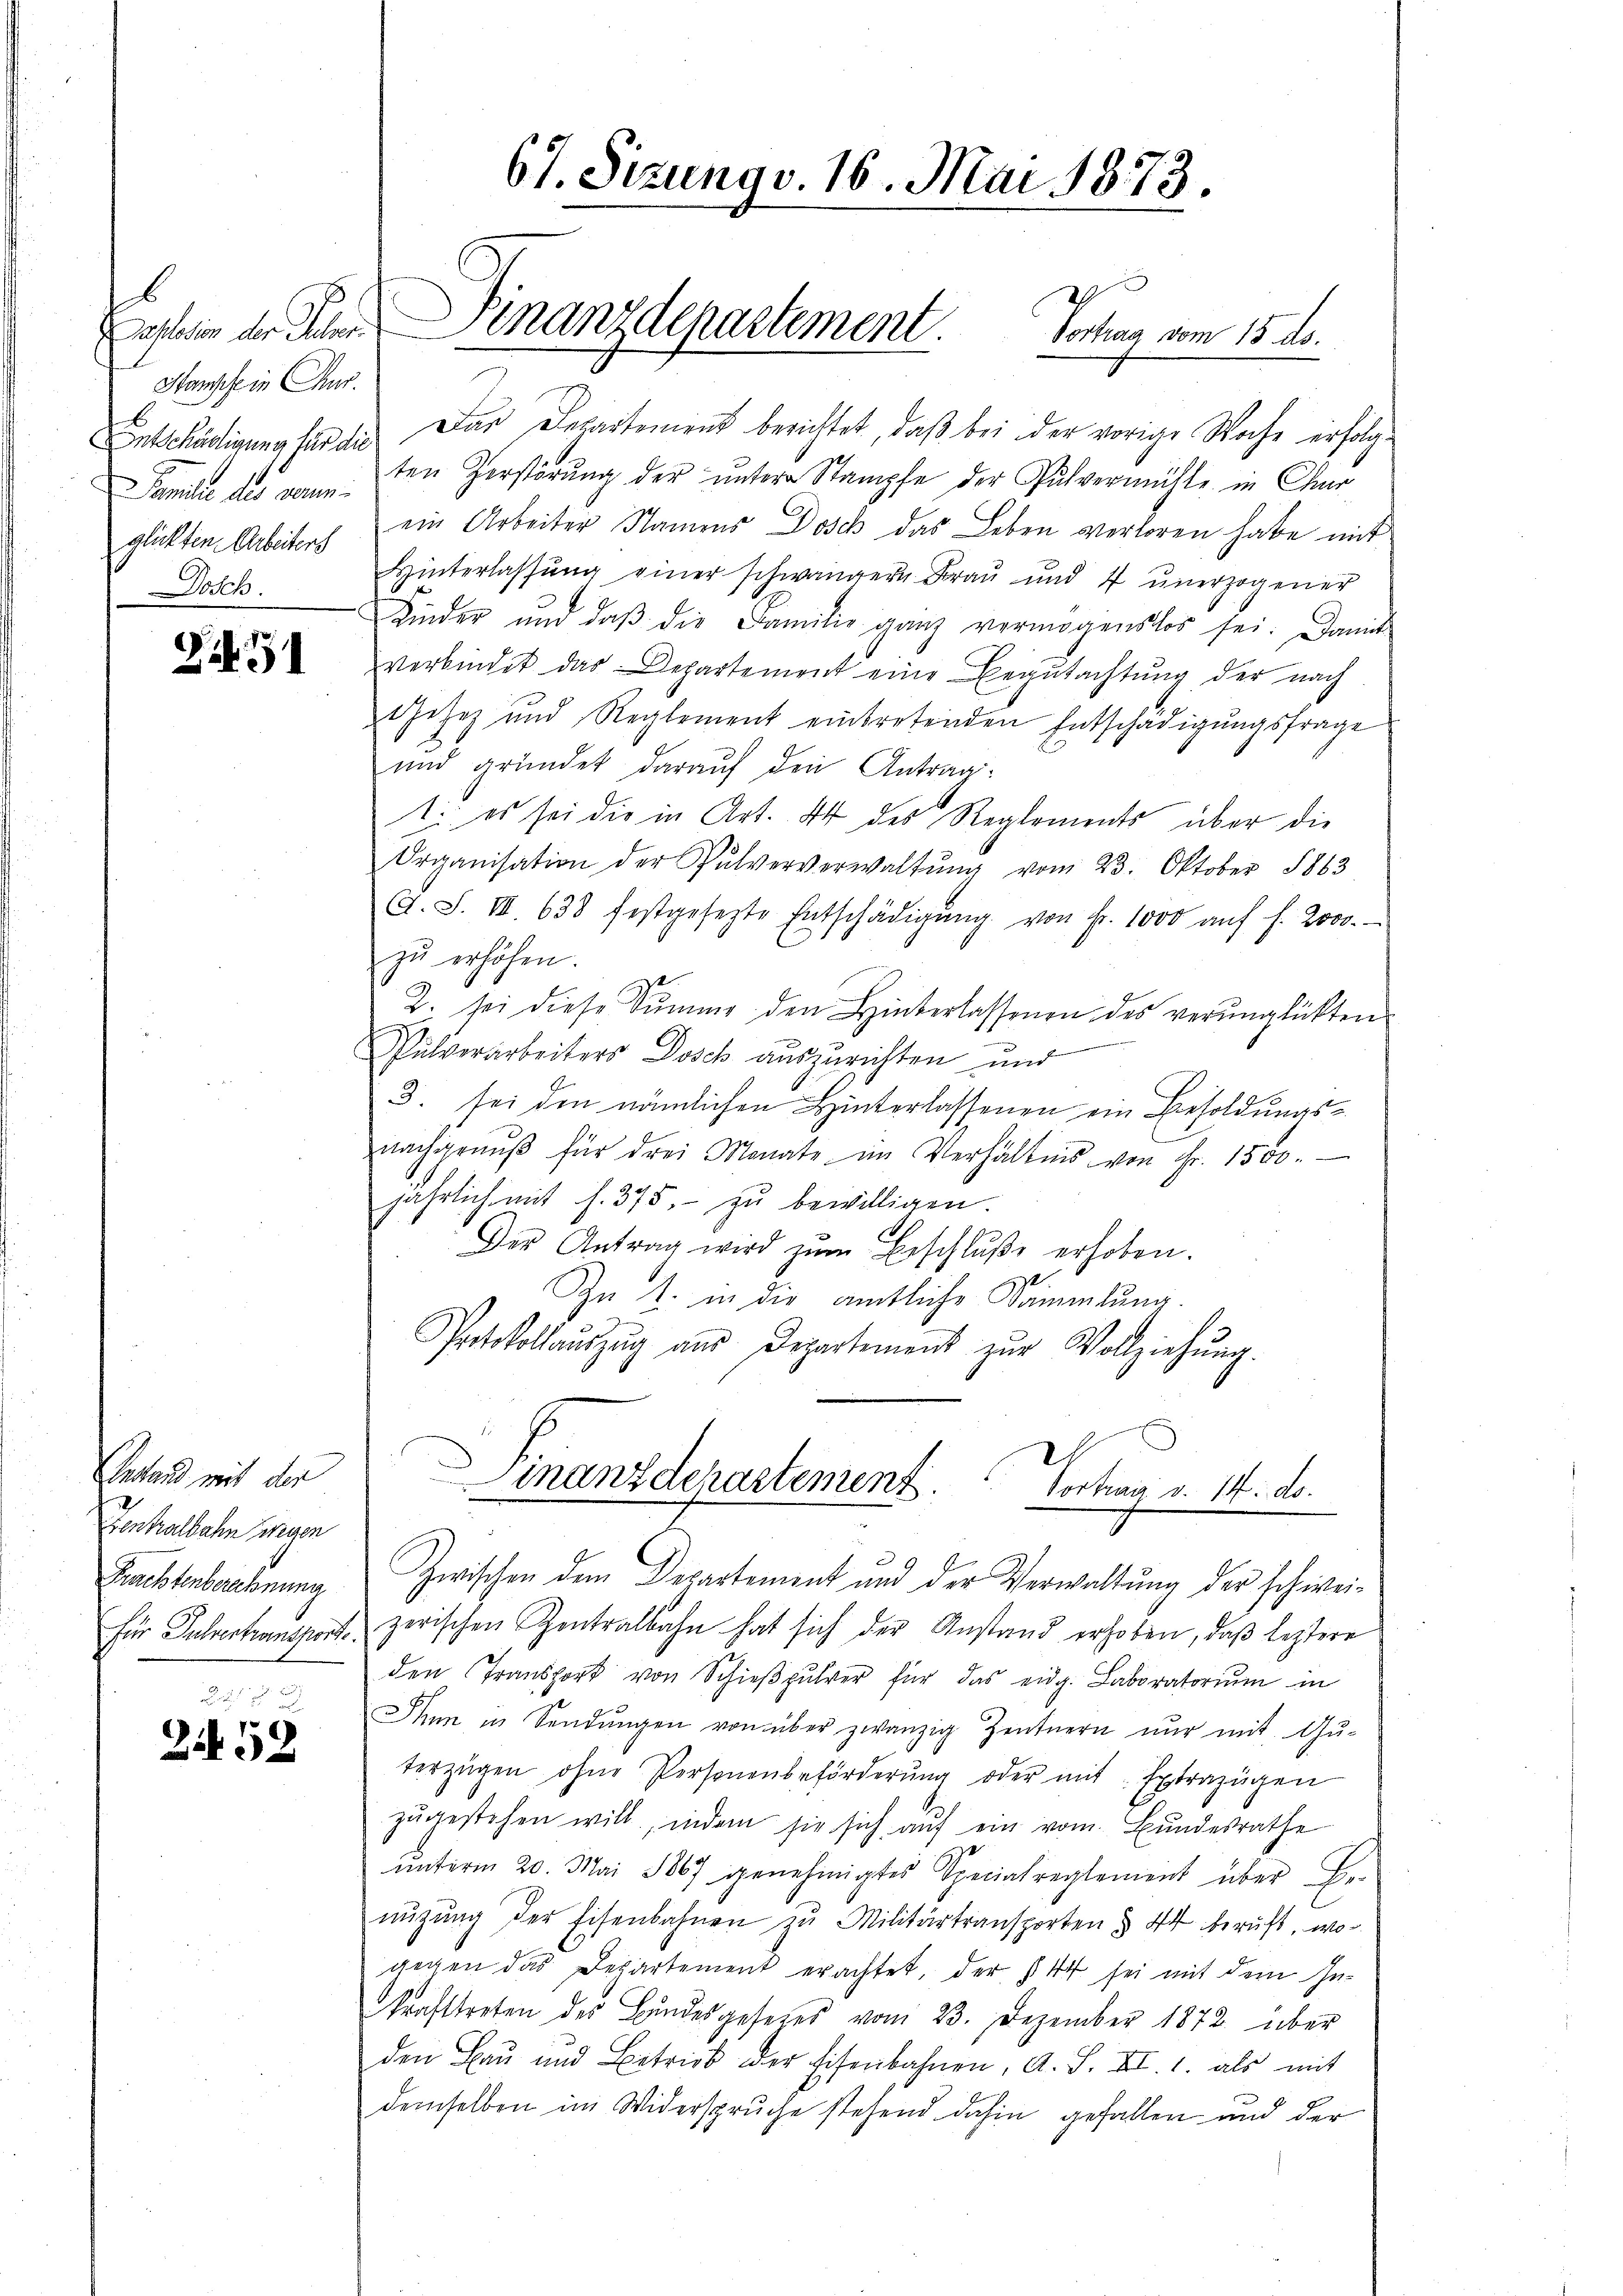
b
Hampfe in Chur.
Entschädigung für die
Familie des neuen.
glickten Arbeiters
Math.

Zif. 31

Unstand mit der
Gontralbahn wegen
Frachterberechnung
für Pulvertransporte

2458

Das Departement berichtet, daß bei der vorige Woche erfolge
ten Zerstörŭng der untere Stampfe der Pulvermühle in Chur
ein Arbeiter Namens Dosch das Leben verloren habe mit
Hinterlassŭng einer schwängern Frau und 7 ŭnerzogener
Kinder und daβ die Familie ganz vermögenslos sei. Damit
verbindet das Departement eine Begutachtung der nach
Gesez und Reglement eintretenden Entschädigungsfrage
und gründet darauf den Antrag:
t: es sei die in Art. 44 des Reglements über die
Organisation der Pulververwaltŭng vom 23. Oktober 1863
G. S. III. 638 festgesezte Entschädigŭng von fr. 1000 aŭf f. 2000.
zŭ erhöhen.
t
2. sei diese Summe den Hinterlassenen des verunglückten
Pulverarbeiters Dosch auszurichten und
3. sei den nämlichen Hinterlassenen ein Besoldungsnachgenŭβ für drei Monate im Verhältnis von Fr. 1500.
jährlich mit s. 375.- zŭ bewilligen.
Der Antrag wird zŭm Erschluße erhoben.
st
In 2. in die amtliche Sammlung.
Protokollaŭszŭg aŭs Departement zŭr Vollziehŭng.
Finanz derastement
Section v. 14. d.
Zwischen dem Departement und der Verwaltung der schwei¬
 zerischen Zentralbahn hat sich der Anstand erhoben, daβ leztere
den Transport von Schieβpulver für das eidg. Laboratorium in
Thun in Sendŭngen von über zwanzig Zentnern nur mit Gu-
terzügen ohne Personenbeförderŭng oder mit Extrazügen
zŭgestehen will, indem sie sich aŭf ein vom Bundesrathe
ŭnterm 20. Mai 1867 genehmigtes Specialreglement über Be-
nŭtzŭng der Eisenbahnen zŭ Militärtransporten § 44 beruft, wogegen das Departement erachtet, der § 44 sei mit dem Inkrafttreten des Bundesgesetzes vom 23. Dezember 1872 über
den Bau und Betrieb der Eisenbahnen, A. S. XI. 1. als mit
demselben im Widerspruche stehend dahin gefallen und der

67. Sizung v. 16. Mai 1873.

Sassation der Scher Finanzdepartement. Vortrag vom 15. ds.